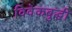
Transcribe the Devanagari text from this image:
विवेकबुद्धी